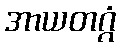
အာယတဂ္ဂံ